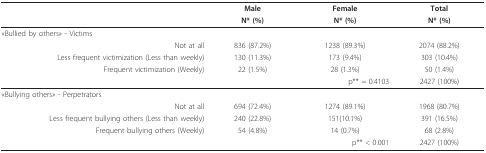
|  | Male | Female | Total |
 |  | N* (%) | N* (%) | N* (%) |
 | --- | --- | --- | --- |
 | «Bullied by others» - Victims |  |  |  |
 | Not at all | 836 (87.2%) | 1238 (89.3%) | 2074 (88.2%) |
 | Less frequent victimization (Less than weekly) | 130 (11.3%) | 173 (9.4%) | 303 (10.4%) |
 | Frequent victimization (Weekly) | 22 (1.5%) | 28 (1.3%) | 50 (1.4%) |
 | <COLSPAN=3> p** = 0.4103 | 2427 (100%) |
 | «Bullying others» - Perpetrators |  |  |  |
 | Not at all | 694 (72.4%) | 1274 (89.1%) | 1968 (80.7%) |
 | Less frequent bullying others (Less than weekly) | 240 (22.8%) | 151(10.1%) | 391 (16.5%) |
 | Frequent bullying others (Weekly) | 54 (4.8%) | 14 (0.7%) | 68 (2.8%) |
 | <COLSPAN=3> p** < 0.001 | 2427 (100%) |